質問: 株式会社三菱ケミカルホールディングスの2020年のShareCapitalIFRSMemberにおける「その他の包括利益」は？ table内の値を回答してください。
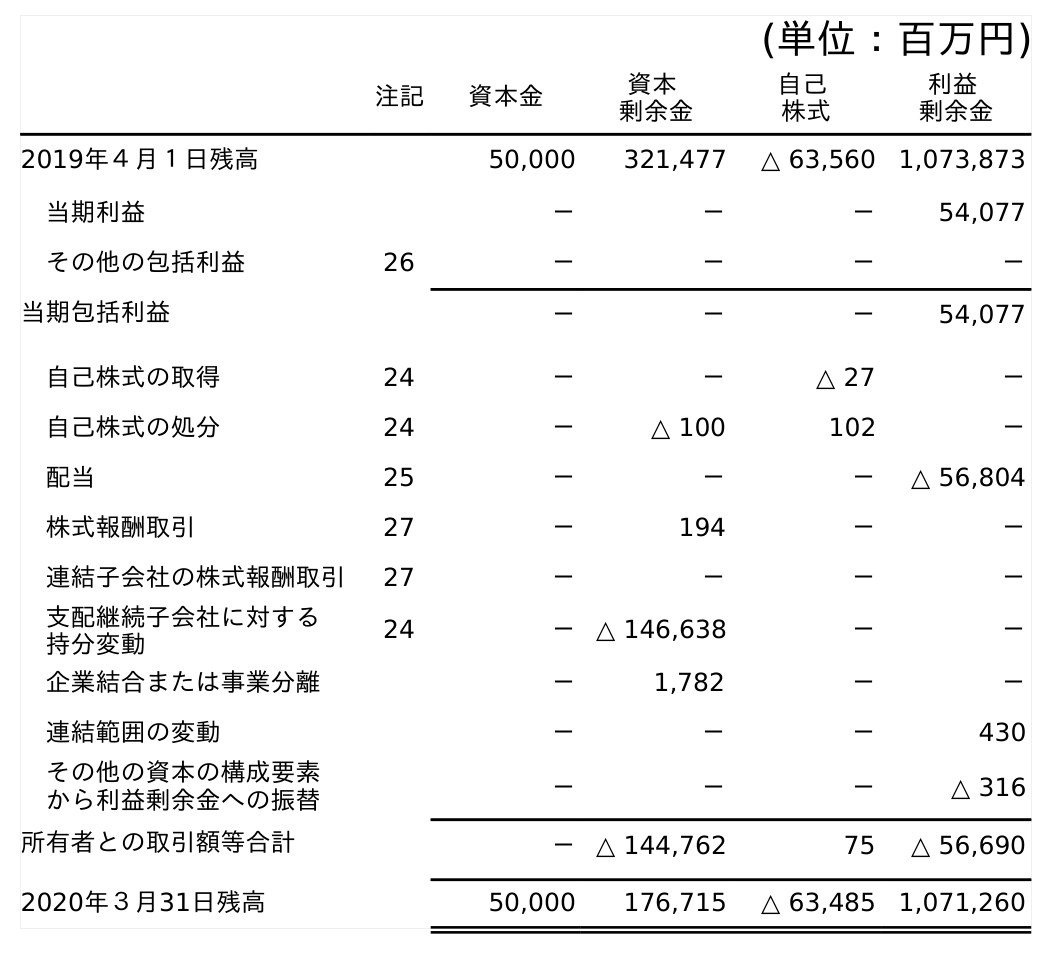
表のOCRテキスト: (単位：百万円) 注記 資本金 資本 剰余金 自己 株式 利益 剰余金 2019年４月１日残高 50,000 321,477 △ 63,560 1,073,873 当期利益 － － － 54,077 その他の包括利益 26 － － － － 当期包括利益 － － － 54,077 自己株式の取得 24 － － △ 27 － 自己株式の処分 24 － △ 100 102 － 配当 25 － － － △ 56,804 株式報酬取引 27 － 194 － － 連結子会社の株式報酬取引 27 － － － － 支配継続子会社に対する 持分変動 24 － △ 146,638 － － 企業結合または事業分離 － 1,782 － － 連結範囲の変動 － － － 430 その他の資本の構成要素 から利益剰余金への振替 － － － △ 316 所有者との取引額等合計 － △ 144,762 75 △ 56,690 2020年３月31日残高 50,000 176,715 △ 63,485 1,071,260
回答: －